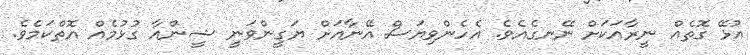
އުޅޭ ގޮތެއް ނީރާއަކަށް ނޭނގެއެވެ. އެހެންވިޔަސް އޭނާއަށް ޔަގީންވަނީ ޝީންއާ ގުޅުމެއް އޮތްކަމެވެ.